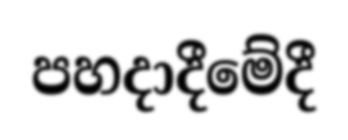
පහදාදීමේදී